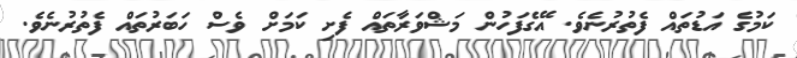
ކަމުގެ އަޑުތައް ފެތުރުނެވެ. އޭގެފަހުން މަޝްވަރާތައް ފެށި ކަމަށް ވެސް ހަބަރުތައް ފެތުރުނެވެ.